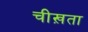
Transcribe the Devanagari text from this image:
चीख़ता